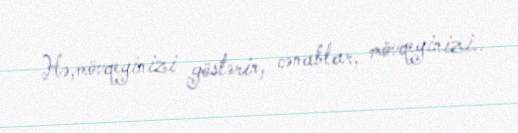
Hə,mövqeyinizi göstərin, cənablar, mövqeyinizi..